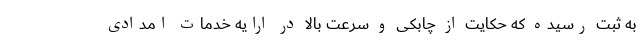
به ثبت رسیده که حکایت از چابکی و سرعت بالا در ارایه خدمات امدادی